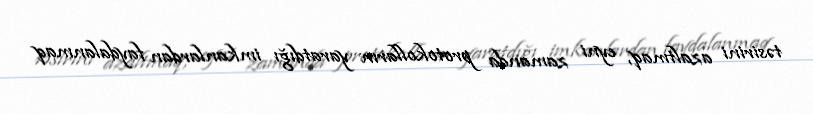
təsirini azaltmaq, eyni zamanda protokolların yaratdığı imkanlardan faydalanmaq